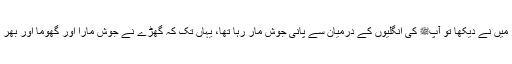
پھر میں نے دیکھا تو آپﷺ کی انگلیوں کے درمیان سے پانی جوش مار رہا تھا، یہاں تک کہ گھڑے نے جوش مارا اور گھوما اور بھر گیا۔